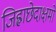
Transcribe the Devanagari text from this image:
जिह्वाछेदाक्षमो